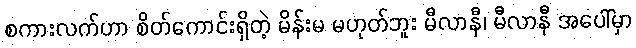
စကားလက်ဟာ စိတ်ကောင်းရှိတဲ့ မိန်းမ မဟုတ်ဘူး မီလာနီ၊ မီလာနီ အပေါ်မှာ